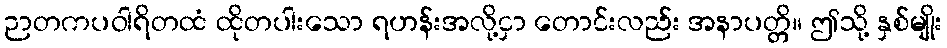
ဉာတကပဝါရိတထံ ထိုတပါးသော ရဟန်းအလို့ငှာ တောင်းလည်း အနာပတ္တိ။ ဤသို့ နှစ်မျိုး